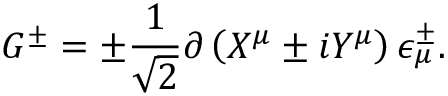
G ^ { \pm } = \pm { \frac { 1 } { \sqrt 2 } } \partial \left( X ^ { \mu } \pm i Y ^ { \mu } \right) \epsilon _ { \mu } ^ { \pm } .